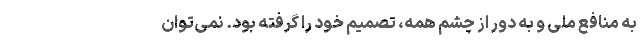
به منافع ملی و به دور از چشم همه، تصمیم خود را گرفته بود. نمی‌توان